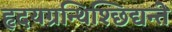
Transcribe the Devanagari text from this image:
हृदयग्रन्थिश्छिद्यन्ते